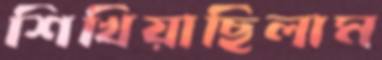
শিখিয়াছিলাম